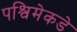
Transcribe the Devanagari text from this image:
पश्विमेकडे